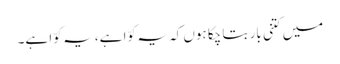
میں کتنی بار بتا چکا ہوں کہ یہ کوّا ہے، یہ کوّا ہے۔